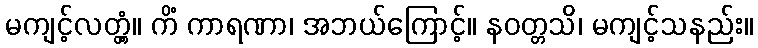
မကျင့်လတ္တံ့။ ကိံ ကာရဏာ၊ အဘယ်ကြောင့်။ နဝတ္တသိ၊ မကျင့်သနည်း။